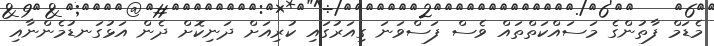
މެޑަމް ފާތުންގެ މަސައްކަތްތައް ވެސް ފަސްވަނަ ގިއަރުގައި ކުރިއަށް ދަނިކޮށް ދެން އަޅުގަނޑުމެންނާއި